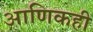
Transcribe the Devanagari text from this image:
आणिकही